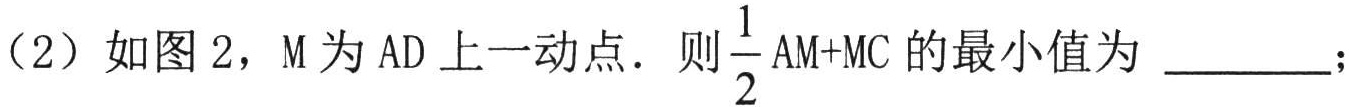
(2) 如图2，M为AD上一动点. 则\(\frac{1}{2}AM + MC\)的最小值为  ；